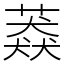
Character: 䔸